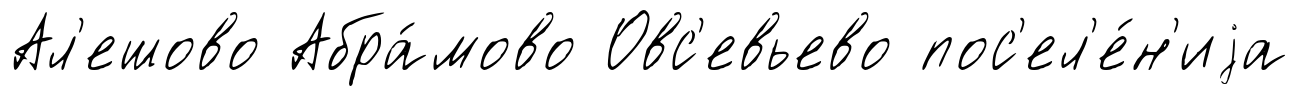
Ал'ешово Абра́мово Овс'евьево пос'ел'е́н'иjа